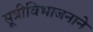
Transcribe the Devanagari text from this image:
सूत्रीविभाजनाने